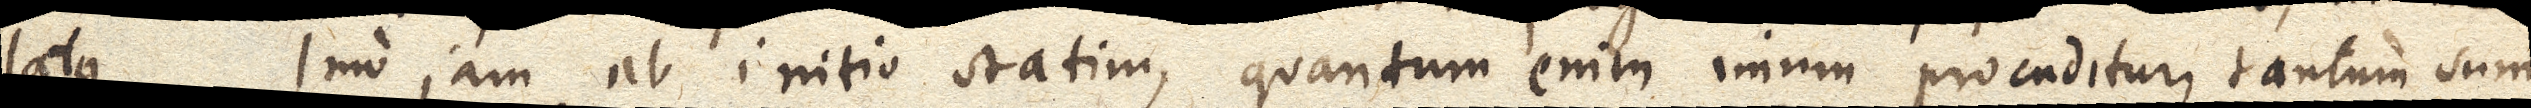
latus. Imo jam ab initio statim, quantum enim imum procuditur, tantum sum